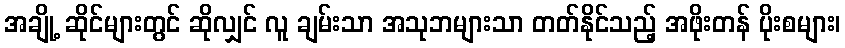
အချို့ ဆိုင်များတွင် ဆိုလျှင် လူ ချမ်းသာ အသုဘများသာ တတ်နိုင်သည့် အဖိုးတန် ပိုးစများ၊